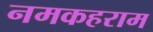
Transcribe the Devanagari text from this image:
नमकहराम